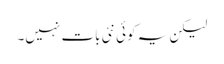
لیکن یہ کوئی نئی بات نہیں۔